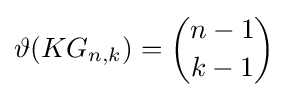
\vartheta (KG_{n,k})={\binom {n-1}{k-1}}